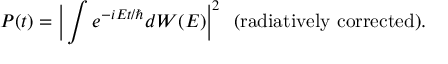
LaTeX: P ( t ) = \Big | \int e ^ { - i E t / \hbar } d W ( E ) \Big | ^ { 2 } \ \ ( \mathrm { r a d i a t i v e l y \ c o r r e c t e d } ) .